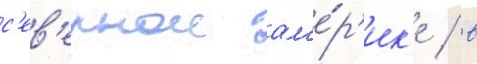
с'ев'ернои ам'е́р'ик'е / в